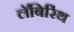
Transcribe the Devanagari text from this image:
लॅबिरिंथ